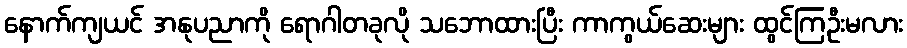
နောက်ကျယင် အနုပညာကို ရောဂါတခုလို သဘောထားပြီး ကာကွယ်ဆေးများ ထွင်ကြဦးမလား